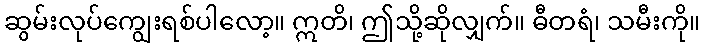
ဆွမ်းလုပ်ကျွေးရစ်ပါလော့။ ဣတိ၊ ဤသို့ဆိုလျှက်။ ဓီတရံ၊ သမီးကို။